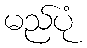
မည်ပုံ